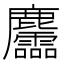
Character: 麢